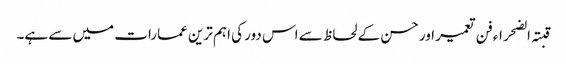
قبتہ الضحراء فن تعمیر اور حسن کے لحاظ سے اس دور کی اہم ترین عمارات میں سے ہے۔